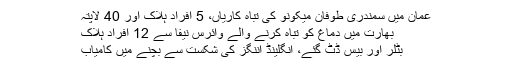
عمان میں سمندری طوفان میکونو کی تباہ کاریاں، 5 افراد ہلاک اور 40 لاپتہ
بھارت میں دماغ کو تباہ کرنے والے وائرس نیفا سے 12 افراد ہلاک
بٹلر اور بیس ڈٹ گئے، انگلینڈ اننگز کی شکست سے بچنے میں کامیاب